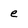
Character: e